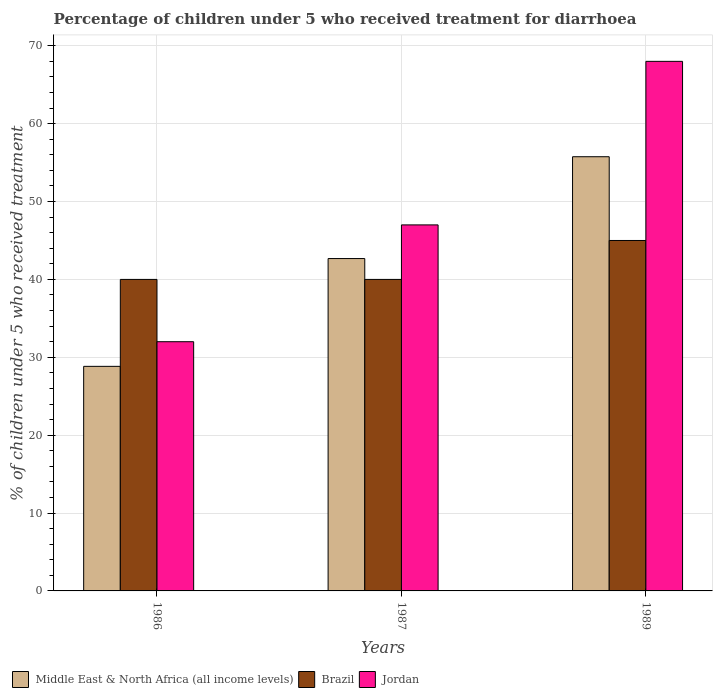
| Years | Middle East & North Africa (all income levels) | Brazil | Jordan |
 | --- | --- | --- | --- |
 | 1986 | 28.8 | 40 | 32 |
 | 1987 | 42.7 | 40 | 47 |
 | 1989 | 55.8 | 45 | 68 |